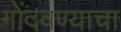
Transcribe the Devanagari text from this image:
गोंदवण्याचा